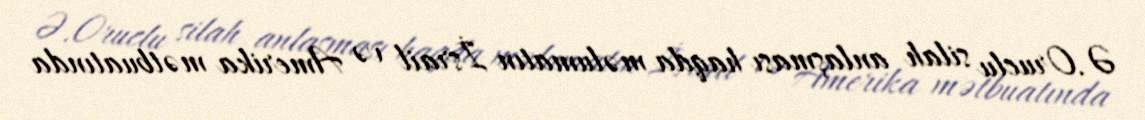
Ə.Oruclu silah anlaşması haqda məlumatın İsrail və Amerika mətbuatında